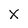
Character: X